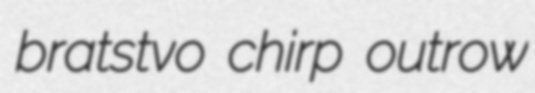
bratstvo chirp outrow